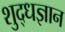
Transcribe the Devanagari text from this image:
शुद्धज्ञान